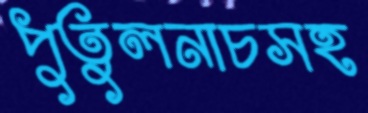
পুতুলনাচসহ